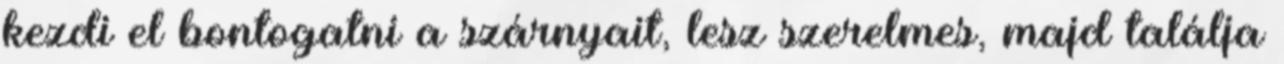
kezdi el bontogatni a szárnyait, lesz szerelmes, majd találja